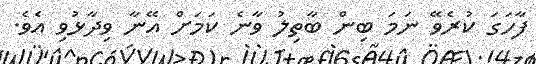
ފާހަގަ ކުރެވޭ ނަމަ ބިން ބާތިލު ވާނެ ކަމަށް އޭނާ ވިދާޅުވި އެވެ.